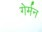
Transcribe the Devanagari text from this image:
गेर्मन